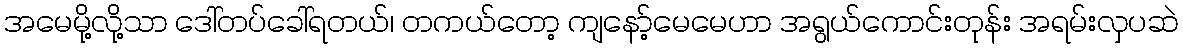
အမေမို့လို့သာ ဒေါ်တပ်ခေါ်ရတယ်၊ တကယ်တော့ ကျနော့်မေမေဟာ အရွယ်ကောင်းတုန်း အရမ်းလှပဆဲ